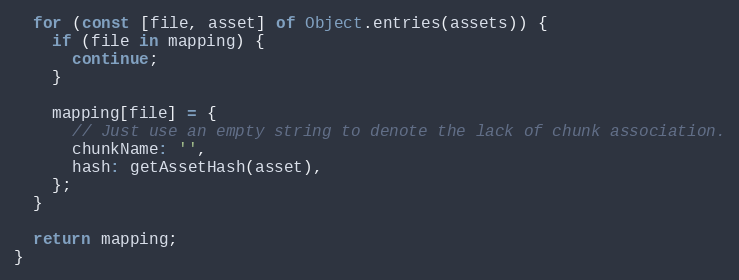
Language: JavaScript
  for (const [file, asset] of Object.entries(assets)) {
    if (file in mapping) {
      continue;
    }

    mapping[file] = {
      // Just use an empty string to denote the lack of chunk association.
      chunkName: '',
      hash: getAssetHash(asset),
    };
  }

  return mapping;
}